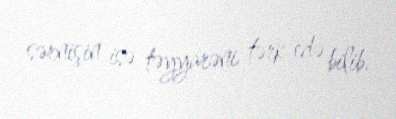
sərnişin isə təyyarəni tərk edə bilib.